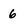
Character: 6